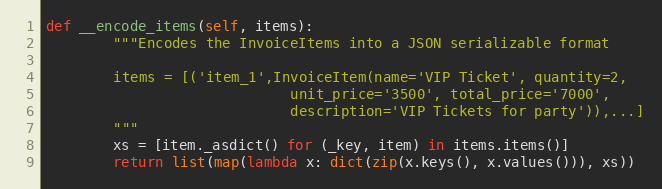
Language: Python
def __encode_items(self, items):
        """Encodes the InvoiceItems into a JSON serializable format

        items = [('item_1',InvoiceItem(name='VIP Ticket', quantity=2,
                             unit_price='3500', total_price='7000',
                             description='VIP Tickets for party')),...]
        """
        xs = [item._asdict() for (_key, item) in items.items()]
        return list(map(lambda x: dict(zip(x.keys(), x.values())), xs))